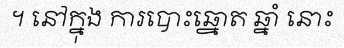
។ នៅក្នុង ការបោះឆ្នោត ឆ្នាំ នោះ